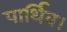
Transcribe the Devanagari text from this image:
पार्थिव।